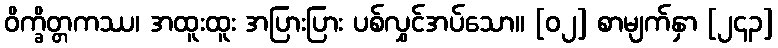
ဝိက္ခိတ္တကဿ၊ အထူးထူး အပြားပြား ပစ်လွှင်အပ်သော။ [၀၂] စာမျက်နှာ [၂၄၃]